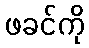
ဖခင်ကို